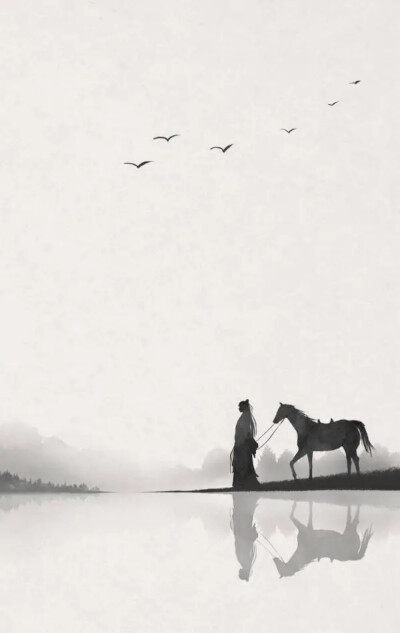
紫塞门孤，金河月冷，恨谁诉？